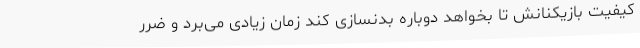
کیفیت بازیکنانش تا بخواهد دوباره بدنسازی کند زمان زیادی می‌برد و ضرر